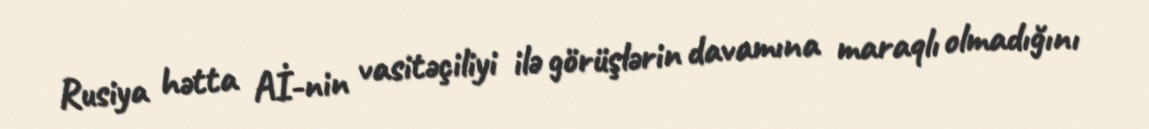
Rusiya hətta Aİ-nin vasitəçiliyi ilə görüşlərin davamına maraqlı olmadığını